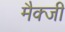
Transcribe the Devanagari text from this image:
मैक्जी